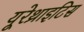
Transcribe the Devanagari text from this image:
यूरेथ्राइटिस